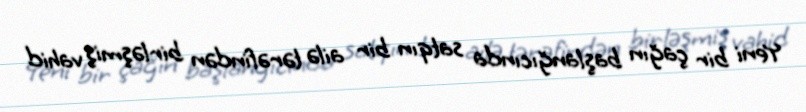
Yeni bir çağın başlanğıcında satqın bir ailə tərəfindən birləşmiş vahid